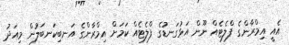
އެއީ އިމްރާންގެ ފްލެޓެއް ނޫން އަޅުގަނޑުގެ ފްލެޓެއް ކަމަށް އިމްރާންގެ އަނބިކަނބަލުން މިއަދު